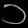
Digit: ၁